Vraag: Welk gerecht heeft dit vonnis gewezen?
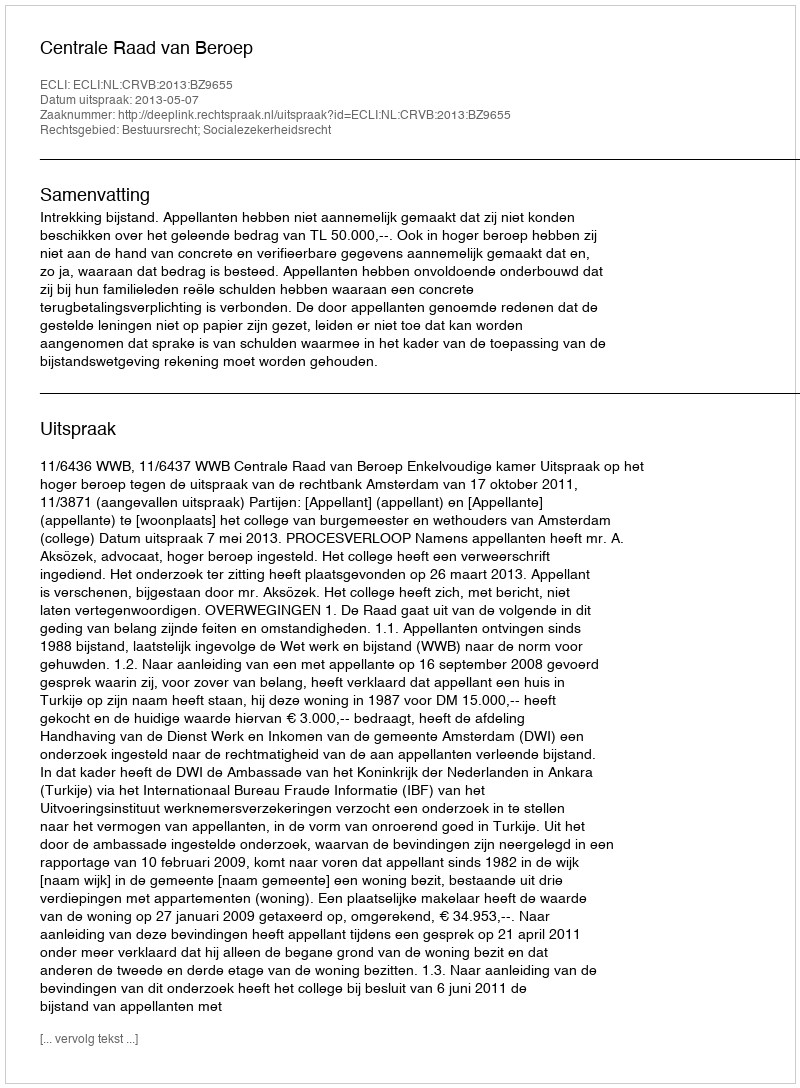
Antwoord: Centrale Raad van Beroep